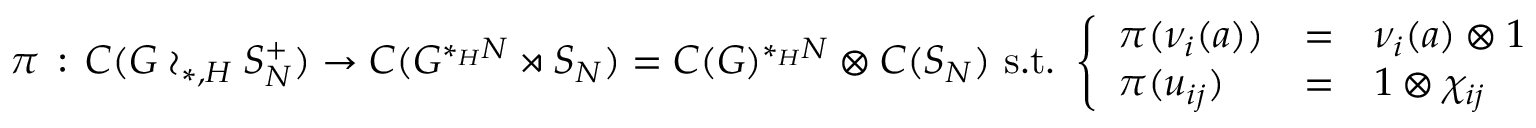
\pi \, : \, C ( G \wr _ { * , H } S _ { N } ^ { + } ) \rightarrow C ( G ^ { * _ { H } N } \rtimes S _ { N } ) = C ( G ) ^ { * _ { H } N } \otimes C ( S _ { N } ) \mathrm { ~ s . t . ~ } \left\{ \begin{array} { l c l } { \pi ( \nu _ { i } ( a ) ) } & { = } & { \nu _ { i } ( a ) \otimes 1 } \\ { \pi ( u _ { i j } ) } & { = } & { 1 \otimes \chi _ { i j } } \end{array} \right.